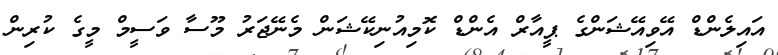
އައިލެންޑް އޭވިއޭޝަންގެ ޕީއާރް އެންޑް ކޮމިއުނިކޭޝަން މެނޭޖަރު މޫސާ ވަސީމް މީގެ ކުރިން